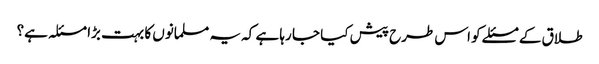
طلاق کے مسئلے کو اس طرح پیش کیا جا رہا ہے کہ یہ مسلمانوں کا بہت بڑا مسئلہ ہے؟